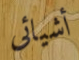
أشيائى